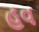
હવ